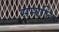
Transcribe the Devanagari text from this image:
समाप्‍ति